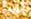
تشنجات